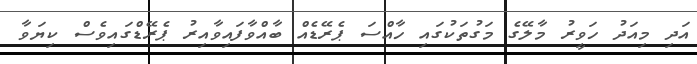
އަދި މިއަދު ހަވީރު މާލޭގެ މަގުތަކުގައި ހާއްސަ ޕެރޭޑެއް ބާއްވާފައިވާއިރު ޕެރޭޑްގައިވެސް ކިޔަވާ